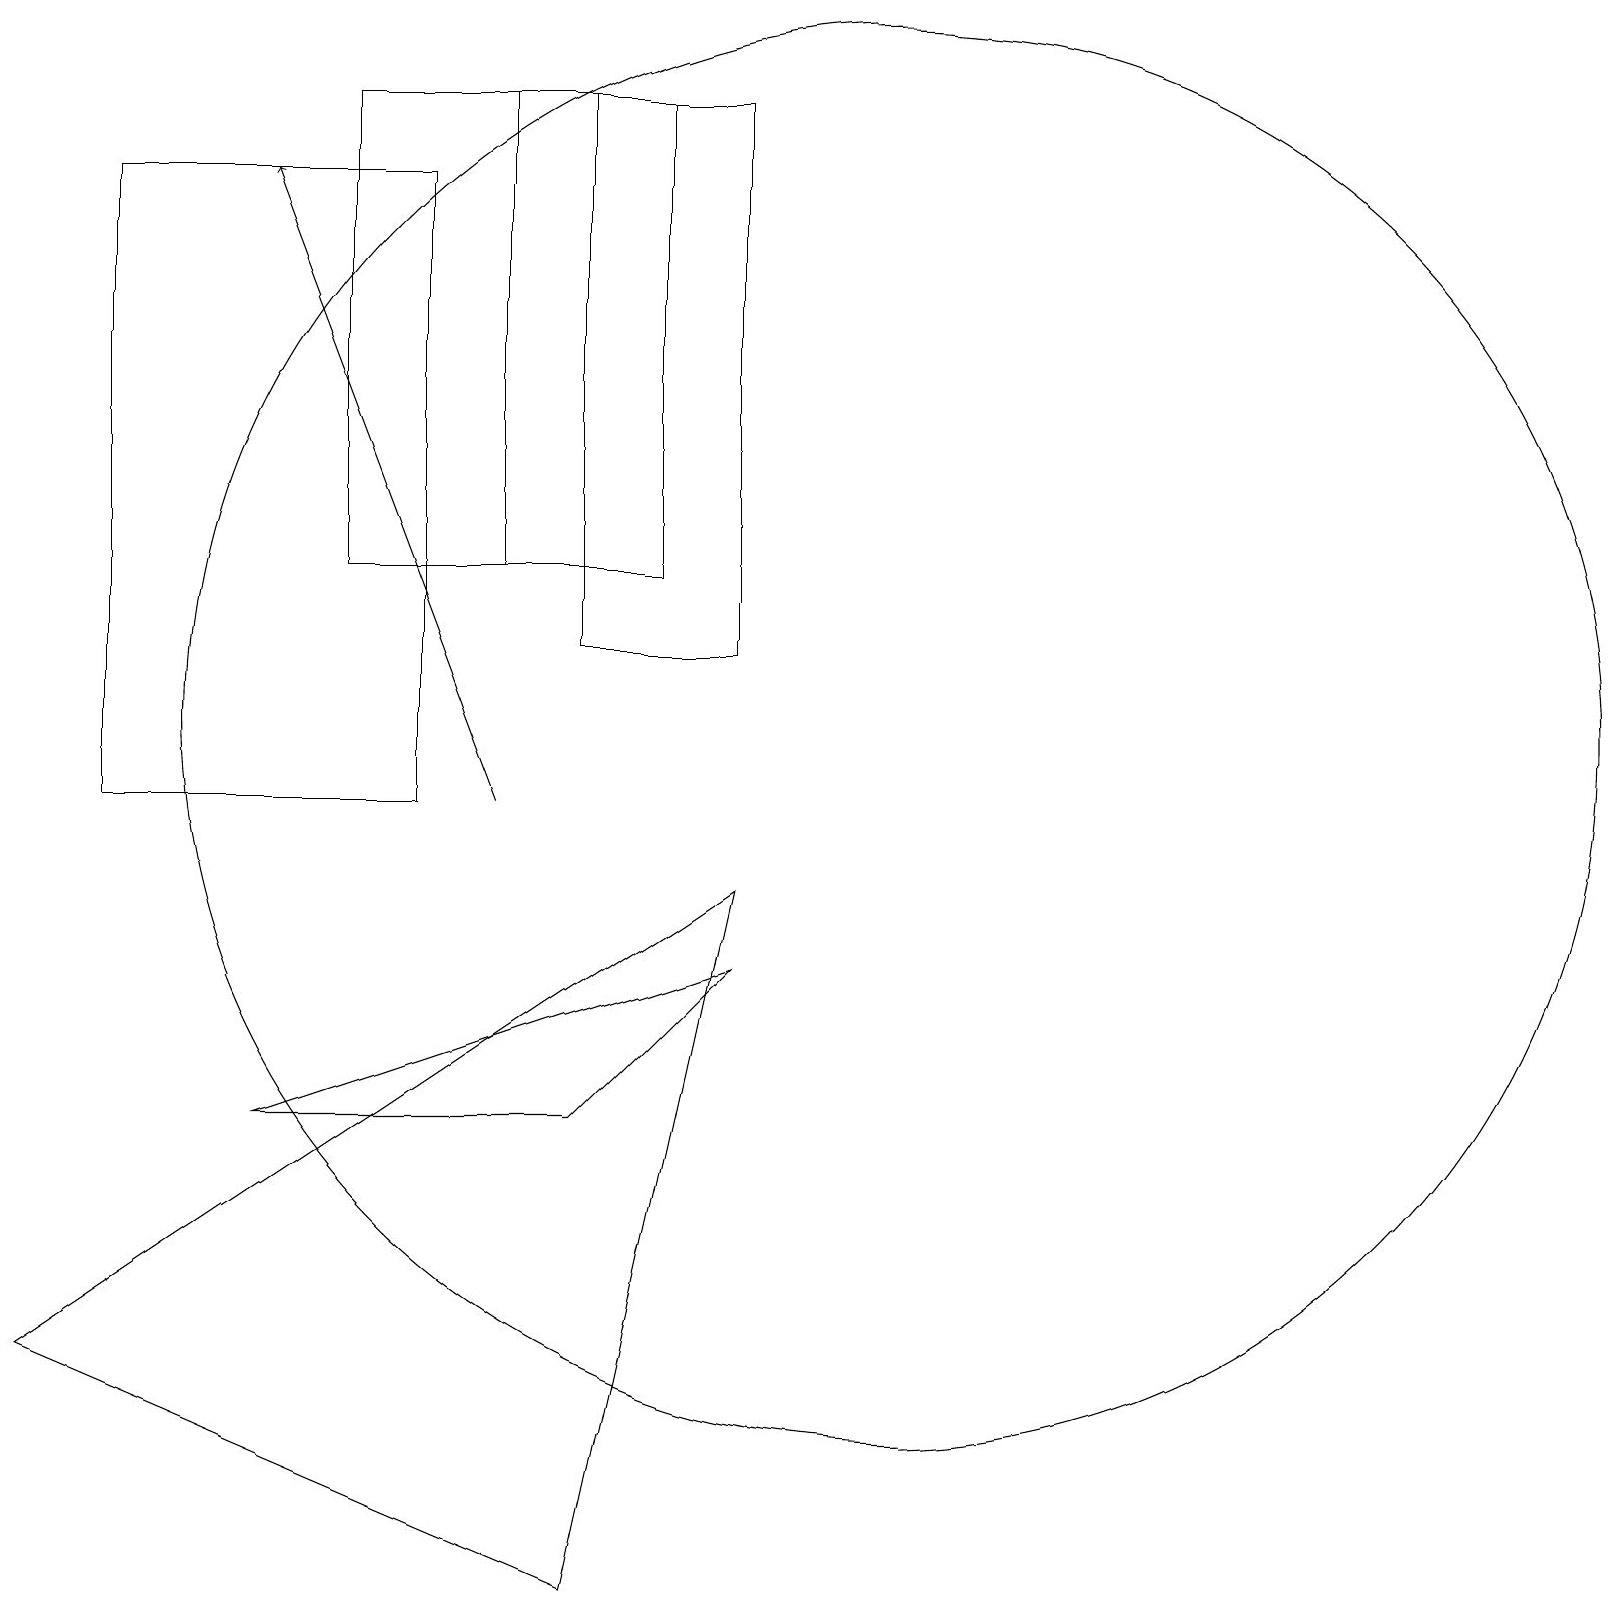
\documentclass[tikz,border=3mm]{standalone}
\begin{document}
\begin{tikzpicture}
\draw (5,10) rectangle (1,18);
\draw (3,6) -- (9,8) -- (7,6) -- cycle;
\draw (6,13) rectangle (8,19);
\draw (4,19) rectangle (7,13);
\draw[->] (6,10) -- (3,18);
\draw (7,12) rectangle (9,19);
\draw (7,0) -- (9,9) -- (0,3) -- cycle;
\draw (11,11) circle (9);
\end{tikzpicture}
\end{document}